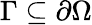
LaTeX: \Gamma\subseteq\partial\Omega